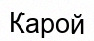
Карой